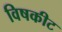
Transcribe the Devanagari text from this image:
विषकीट